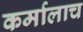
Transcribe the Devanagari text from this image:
कर्मालाच